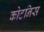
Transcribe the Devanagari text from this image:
कोटनिस